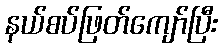
နယ်စပ်ဖြတ်ကျော်ပြီး